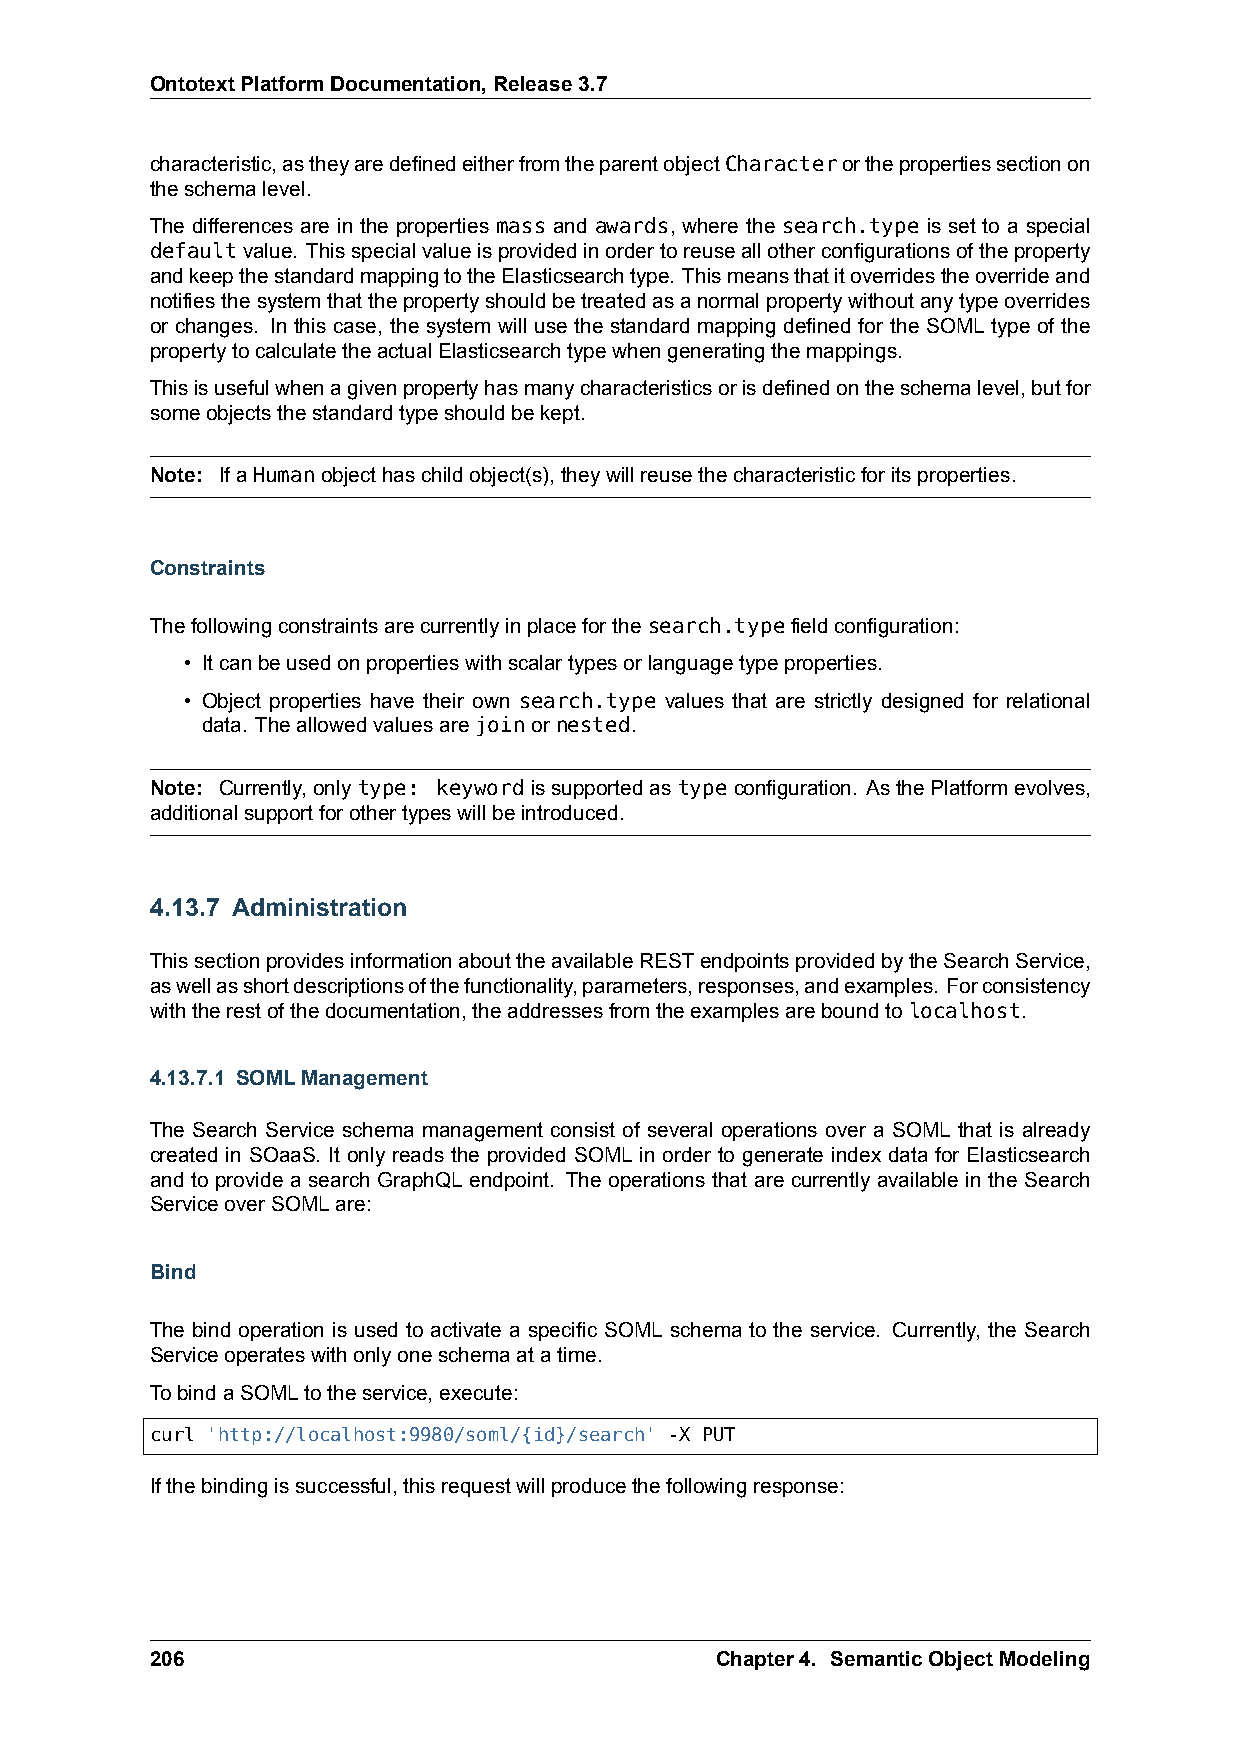
OntotextPlatformDocumentation,Release3.7
 characteristic,astheyaredefinedeitherfromtheparentobjectCharacterorthepropertiessectionon
 theschemalevel.
 The differences are in the properties mass and awards, where the search.type is set to a special
 defaultvalue. Thisspecialvalueisprovidedinordertoreuseallotherconfigurationsoftheproperty
 andkeepthestandardmappingtotheElasticsearchtype. Thismeansthatitoverridestheoverrideand
 notifiesthesystemthatthepropertyshouldbetreatedasanormalpropertywithoutanytypeoverrides
 or changes. In this case, the system will use the standard mapping defined for the SOML type of the
 propertytocalculatetheactualElasticsearchtypewhengeneratingthemappings.
 Thisisusefulwhenagivenpropertyhasmanycharacteristicsorisdefinedontheschemalevel,butfor
 someobjectsthestandardtypeshouldbekept.
 Note: IfaHumanobjecthaschildobject(s),theywillreusethecharacteristicforitsproperties.
 Constraints
 Thefollowingconstraintsarecurrentlyinplaceforthesearch.typefieldconfiguration:
 • Itcanbeusedonpropertieswithscalartypesorlanguagetypeproperties.
 • Object properties have their own search.type values that are strictly designed for relational
 data. Theallowedvaluesarejoinornested.
 Note: Currently,onlytype: keywordissupportedastypeconfiguration. AsthePlatformevolves,
 additionalsupportforothertypeswillbeintroduced.
 4.13.7 Administration
 ThissectionprovidesinformationabouttheavailableRESTendpointsprovidedbytheSearchService,
 aswellasshortdescriptionsofthefunctionality,parameters,responses,andexamples. Forconsistency
 withtherestofthedocumentation,theaddressesfromtheexamplesareboundtolocalhost.
 4.13.7.1 SOMLManagement
 The Search Service schema management consist of several operations over a SOML that is already
 created in SOaaS. It only reads the provided SOML in order to generate index data for Elasticsearch
 and to provide a search GraphQL endpoint. The operations that are currently available in the Search
 ServiceoverSOMLare:
 Bind
 The bind operation is used to activate a specific SOML schema to the service. Currently, the Search
 Serviceoperateswithonlyoneschemaatatime.
 TobindaSOMLtotheservice,execute:
 curl 'http://localhost:9980/soml/{id}/search' -X PUT
 Ifthebindingissuccessful,thisrequestwillproducethefollowingresponse:
 206                                  Chapter4. SemanticObjectModeling